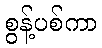
စွန့်ပစ်ကာ